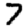
Digit: 7